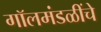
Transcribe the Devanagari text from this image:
गॉलमंडळींचे